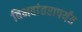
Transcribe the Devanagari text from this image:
विभवांतरापर्यंत